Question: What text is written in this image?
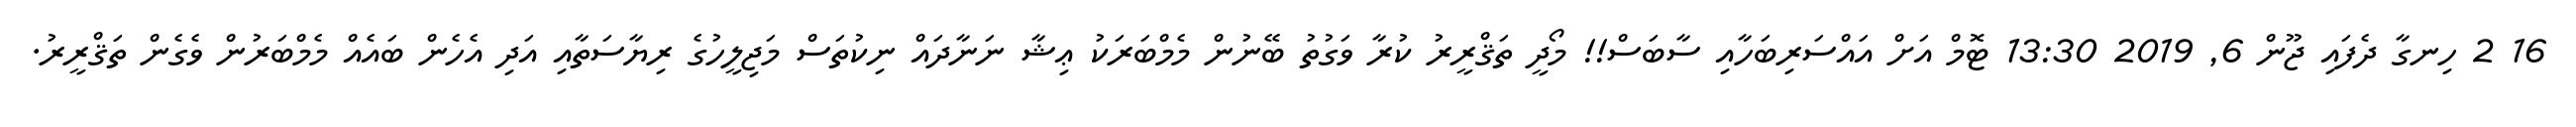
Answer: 16 2 ހިނގާ ދެފައި ޖޫން 6, 2019 13:30 ޓޮމް އަށް އައްސަރިބަހާއި ސާބަސް!! މޯދީ ތަޤްރީރު ކުރާ ވަގުތު ބޭނުން މެމްބަރަކު ޢިޝާ ނަނާދައް ނިކުތަސް މަޖިލީހުގެ ރިޔާސަތާއި އަދި އެހެން ބައެއް މެމްބަރުން ވެގެން ތަޤްރީރު.